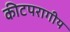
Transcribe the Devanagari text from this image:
कीटपरागीय